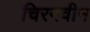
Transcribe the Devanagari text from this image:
चिरनवीन